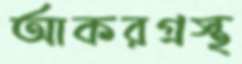
আকরগ্রস্থ